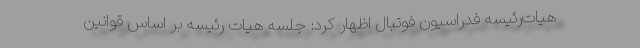
هیات‌رئیسه فدراسیون فوتبال اظهار کرد: جلسه هیات‌ رئیسه بر اساس قوانین